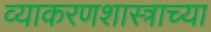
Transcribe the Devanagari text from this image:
व्याकरणशास्त्राच्या